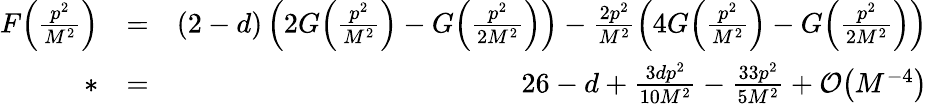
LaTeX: \begin{array}{rlr}{F\Big(\frac{p^{2}}{M^{2}}\Big)}&{=}&{(2-d)\left(2G\Big(\frac{p^{2}}{M^{2}}\Big)-G\Big(\frac{p^{2}}{2M^{2}}\Big)\right)-\frac{2p^{2}}{M^{2}}\left(4G\Big(\frac{p^{2}}{M^{2}}\Big)-G\Big(\frac{p^{2}}{2M^{2}}\Big)\right)}\\ {*}&{=}&{26-d+\frac{3dp^{2}}{10M^{2}}-\frac{33p^{2}}{5M^{2}}+{\cal O}\big(M^{-4}\big)}\end{array}